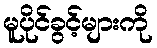
မူပိုင်ခွင့်များကို